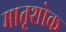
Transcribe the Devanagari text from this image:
मातृशोक